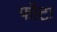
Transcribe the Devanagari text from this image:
फौटा